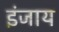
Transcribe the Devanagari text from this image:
इंजाय